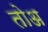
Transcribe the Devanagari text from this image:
तोअ